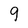
Character: 9